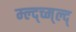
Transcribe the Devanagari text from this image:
म्ल्द्च्म्ल्द्